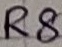
Text: R8